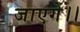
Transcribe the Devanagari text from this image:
जाएगे।।